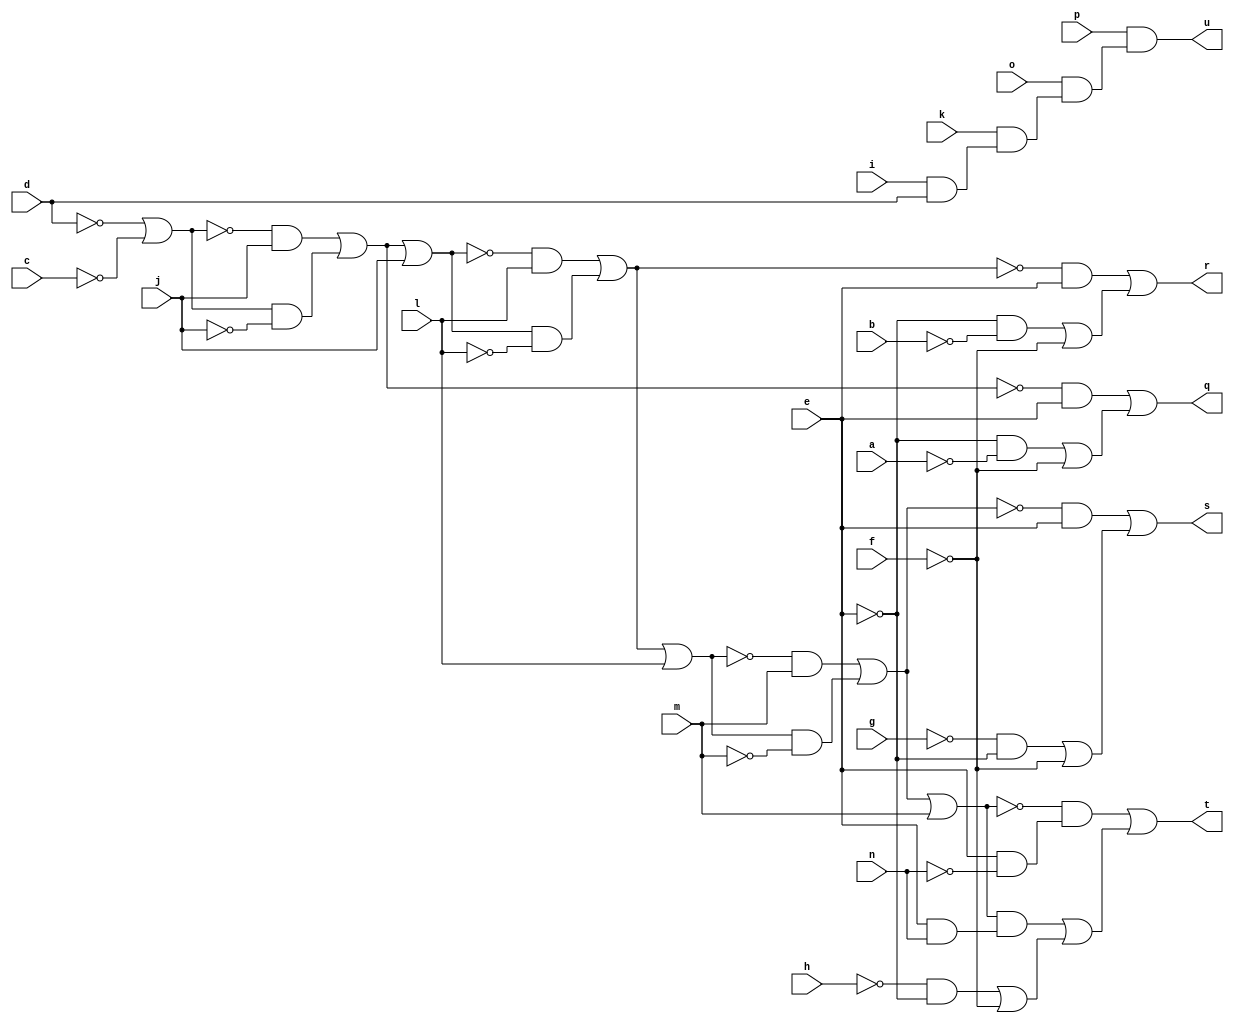
// IWLS benchmark module "CM163" printed on Wed May 29 16:31:28 2002
module CM163(a, b, c, d, e, f, g, h, i, j, k, l, m, n, o, p, q, r, s, t, u);
input
  a,
  b,
  c,
  d,
  e,
  f,
  g,
  h,
  i,
  j,
  k,
  l,
  m,
  n,
  o,
  p;
output
  q,
  r,
  s,
  t,
  u;
wire
  \[7] ,
  \[8] ,
  g0,
  \[0] ,
  i0,
  \[1] ,
  j0,
  \[2] ,
  \[3] ,
  \[4] ,
  \[5] ,
  n0,
  \[6] ;
assign
  \[7]  = j0 | l,
  \[8]  = n0 | m,
  g0 = ~e,
  \[0]  = (~i0 & ~g0) | ((~e & ~a) | ~f),
  i0 = (~\[5]  & j) | (\[5]  & ~j),
  \[1]  = (~j0 & ~g0) | ((~e & ~b) | ~f),
  q = \[0] ,
  r = \[1] ,
  s = \[2] ,
  j0 = (~\[6]  & l) | (\[6]  & ~l),
  t = \[3] ,
  \[2]  = (~n0 & ~g0) | ((~g & ~e) | ~f),
  u = \[4] ,
  \[3]  = (~\[8]  & (~g0 & ~n)) | ((\[8]  & (~g0 & n)) | ((~h & ~e) | ~f)),
  \[4]  = p & (o & (k & (i & d))),
  \[5]  = ~d | ~c,
  n0 = (~\[7]  & m) | (\[7]  & ~m),
  \[6]  = i0 | j;
endmodule